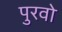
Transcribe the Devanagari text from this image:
पुरवो